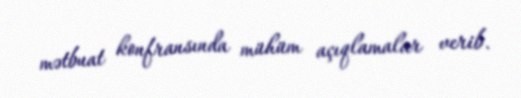
mətbuat konfransında mühüm açıqlamalar verib.